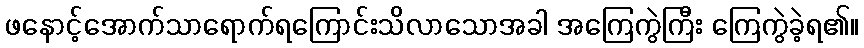
ဖနောင့်အောက်သာရောက်ရကြောင်းသိလာသောအခါ အကြေကွဲကြီး ကြေကွဲခဲ့ရ၏။